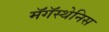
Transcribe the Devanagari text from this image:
मॅगॅस्थेनिस